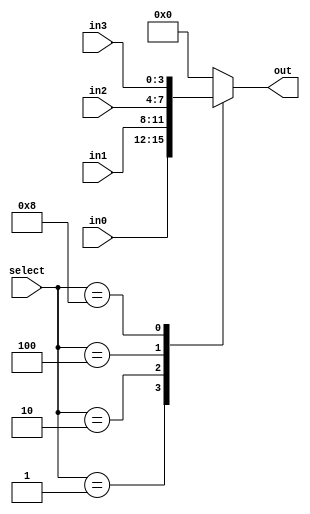
module mux4(
  input [3:0] select,
  input [3:0] in0,
  input [3:0] in1,
  input [3:0] in2,
  input [3:0] in3,
  output reg [3:0] out);

  // The signal select should be one-hot encoding
  always @(*)
  case( select )
    4'b0001: out = in0;
    4'b0010: out = in1;
    4'b0100: out = in2;
    4'b1000: out = in3;
    default: out = 4'b0000;
  endcase

endmodule